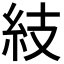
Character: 𥾣